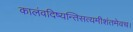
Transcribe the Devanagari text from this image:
कालंवदिष्यन्तिसत्यमीशंतमेवच।